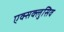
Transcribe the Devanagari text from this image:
एक्सक्लुसिव